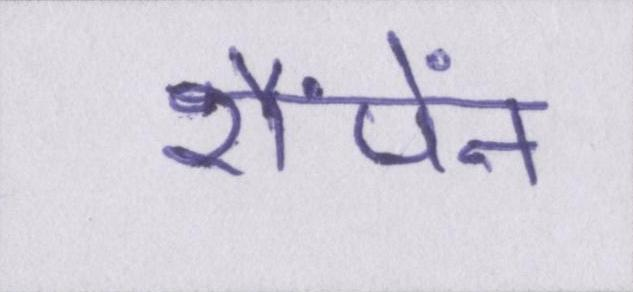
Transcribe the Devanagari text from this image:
शैंपेंन